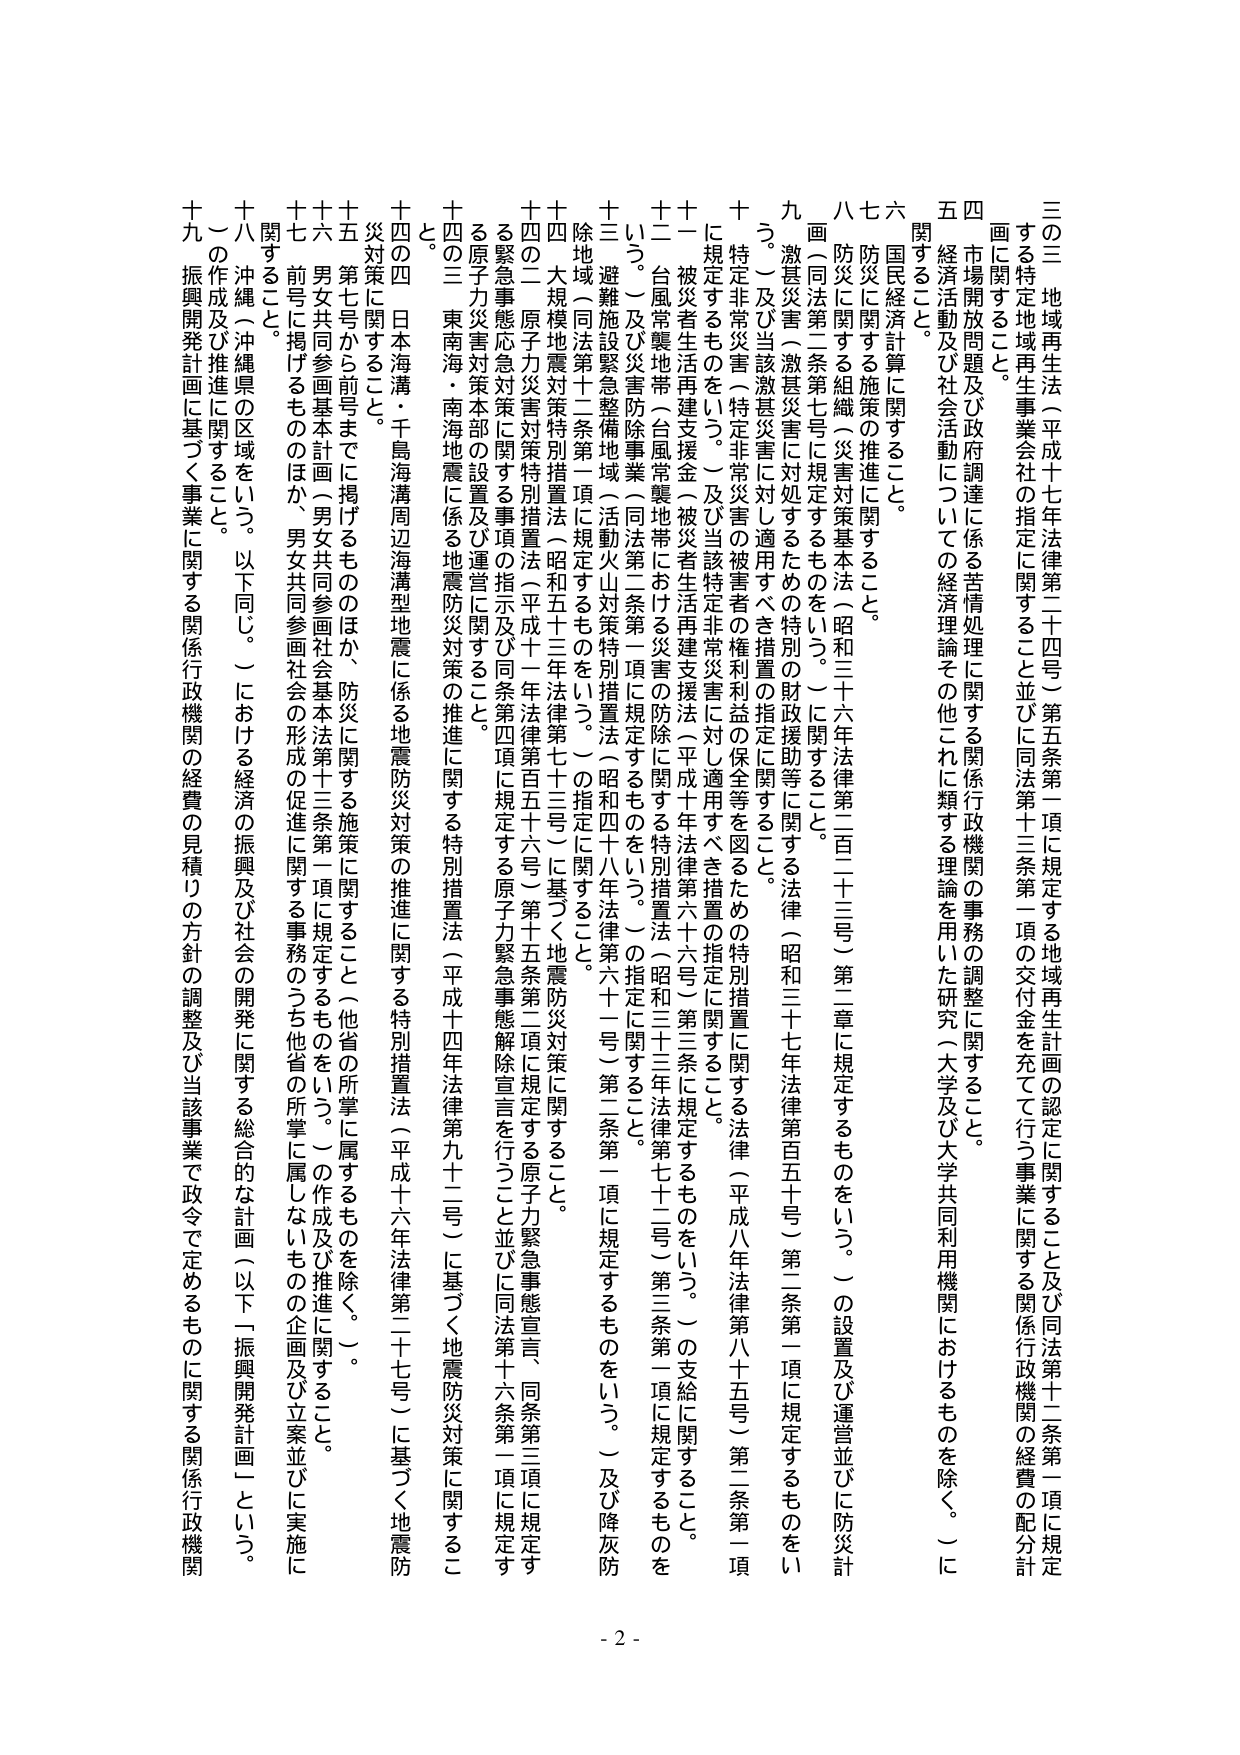
三の三 地域再生法（平成十七年法律第二十四号）第五条第一項に規定する地域再生計画の認定に関すること及び同法第十二条第一項に規定する特定地域再生事業会社の指定に関すること並びに同法第十三条第一項の交付金を充てて行う事業に関する関係行政機関の経費の配分計画に関すること。

四 市場開放問題及び政府調達に係る苦情処理に関する関係行政機関の事務の調整に関すること。

五 経済活動及び社会活動についての経済理論その他これに類する理論を用いた研究（大学及び大学共同利用機関におけるものを除く。）に関すること。

六 国民経済計算に関すること。

七 防災に関する施策の推進に関すること。

八 防災に関する組織（災害対策基本法（昭和三十六年法律第二百二十三号）第二章に規定するものをいう。）の設置及び運営並びに防災計画（同法第二条第七号に規定するものをいう。）に関すること。

九 激甚災害（激甚災害に対処するための特別の財政援助等に関する法律（昭和三十七年法律第百五十号）第二条第一項に規定するものをいう。）及び当該激甚災害に対し適用すべき措置の指定に関すること。

十 特定非営利活動（特定非常災害の被害者の権利利益の保全等を図るための特別措置に関する法律（平成八年法律第八十五号）第二条第一項に規定するものをいう。）及び当該特定非常災害に対し適用すべき措置の指定に関すること。

十一 被災者生活再建支援金（被災者生活再建支援法（平成十年法律第六十六号）第三条に規定するものをいう。）の支給に関すること。

十二 台風常襲地帯（台風常襲地帯における災害の防除に関する特別措置法（昭和三十三年法律第七十三号）第三条第一項に規定するものをいう。）及び災害防除事業（同法第二条第一項に規定するものをいう。）に関すること。

十三 避難施設緊急整備地域（活動火山対策特別措置法（昭和四十八年法律第六十一号）第二条第一項に規定するものをいう。）及び降灰防除地域（同法第十二条第一項に規定するものをいう。）の指定に関すること。

十四 大規模地震対策特別措置法（昭和五十三年法律第七十三号）に基づく地震防災対策に関すること。

十四の二 原子力災害対策特別措置法（平成十一年法律第百五十六号）第十五条第二項に規定する原子力緊急事態解除宣言を行うこと並びに同法第十六条第三項に規定する緊急事態応急対策に関する事項の指示及び同条第四項に規定する原子力緊急事態解除宣言を行うこと並びに同法第十六条第一項に規定する原子力災害対策本部の設置及び運営に関すること。

十四の三 東南海・南海地震に係る地震防災対策の推進に関する特別措置法（平成十四年法律第九十二号）に基づく地震防災対策に関すること。

十四の四 日本海溝・千島海溝周辺海溝型地震に係る地震防災対策の推進に関する特別措置法（平成十六年法律第二十七号）に基づく地震防災対策に関すること。

十五 第七号から前号までに掲げるもののほか、防災に関する施策に関すること（他省の所掌に属するものを除く。）。

十六 男女共同参画基本計画（男女共同参画社会基本法第十三条第一項に規定するものをいう。）の作成及び推進に関すること。

十七 前号に掲げるもののほか、男女共同参画社会の形成の促進に関する事務のうち他省の所掌に属しないものの企画及び立案並びに実施に関すること。

十八 沖縄（沖縄県の区域をいう。以下同じ。）における経済の振興及び社会の開発に関する総合的な計画（以下「振興開発計画」という。）の作成及び推進に関すること。

十九 振興開発計画に基づく事業に関する関係行政機関の経費の見積りの方針の調整及び当該事業で政令で定めるものに関する関係行政機関

- 2 -